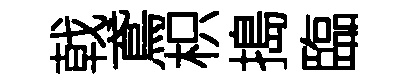
戟鳶枳搗臨